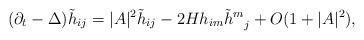
LaTeX: \begin{align*}(\partial_t -\Delta) \tilde{h}_{ij} = |A|^2 \tilde{h}_{ij} - 2H h_{im} \tilde{h}^m_{\phantom{m}j} +O(1+|A|^2),\end{align*}